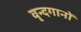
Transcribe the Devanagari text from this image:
वृन्दगानों